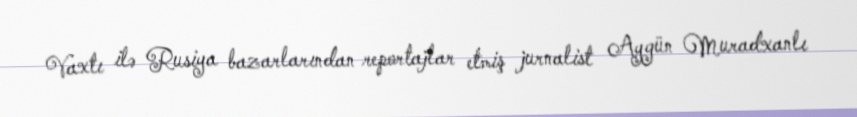
Vaxtı ilə Rusiya bazarlarından reportajlar etmiş jurnalist Aygün Muradxanlı